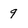
Character: 9